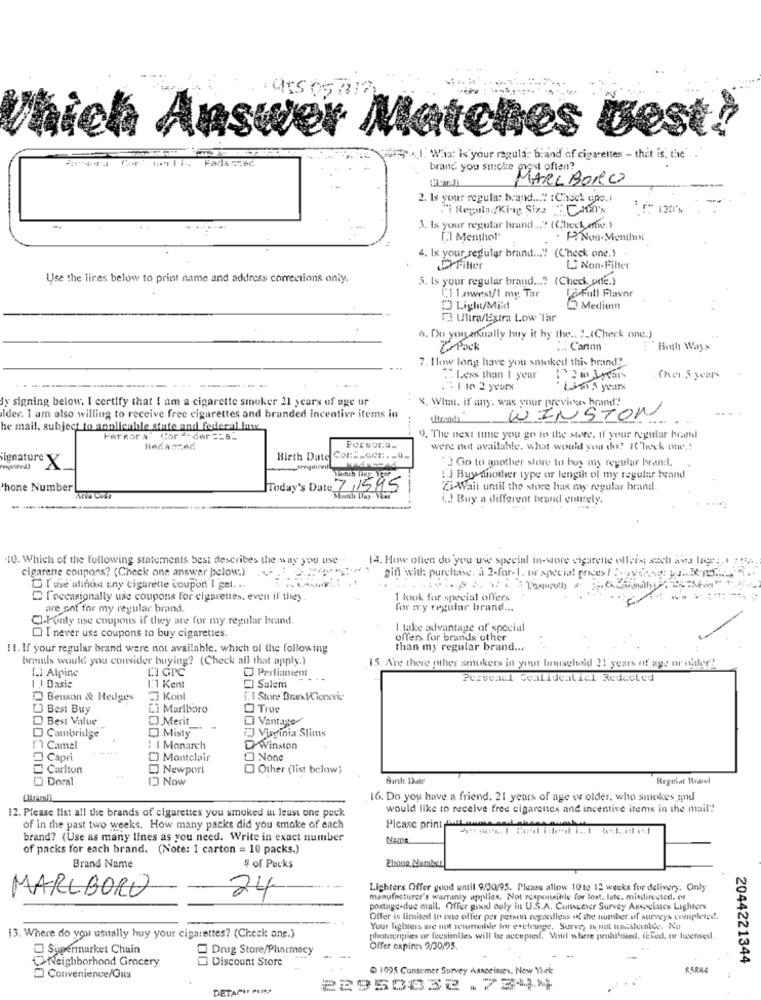
nswer Matches best!
3.I. Win: is your regula- brand of cigarettes - that is, the'
brand you snicke most often?
MARLBOROO
2. Is your regular brand .... : Check coe.i
"i Regula//King Size CM's
1 f 120%
3. Is your regular brand ... " (Check m.)
[ .. ] Menthol"
4. 1x your regular brand ... "! (Check one.)
Crritter
L Non-Filter
Use the lines below to print name and address corrections only.
5. Is your regular brand .... (Check, orfe.)
Ci lowest/1 mg Tar
JeFull Flavor
D Ligl/Mild
Medium
5 Ulira/Extra Low Tar
h. Do youyarnally buy it hy the .. 2_(Check one.)
Z Pack
Canon
Both Ways
7. How long have you snaked this brand"
Less than 1 year
. Cher 5 years
.2 1 te 2 yeurx
Linn 5 years
By signing below. I certify that I am a cigarette smoker 21 years of age or
8. What. if any, was your previous brand"
lder. I am also willing to receive free cigarettes and branded incentive items in
WINSTON
he mail, subject to applicable state and federal lawe.
Ferkor a
Cor £der == 8_
9. The next mne you go to the store. If your regular hond
Persona-
were not available, what would you do! ICheck one .!
Birth Date Con -- con :. - u.
"2 Go to another store to huy my regular bran :.
signature X
!'] Buy another type or length of my regular brand
Phone Number
Today's Date 7,1595
"Zi Wait until the store has ow regular brand.
i.d Buy a different beand entrely,
10. Which of the following statements best describes the way you use ..
13. How often do you use special in-store cigarette olfers such ava lage :. 4 -2.
cigarette coupons? (Check one answer below:)
gin with purchase. a 2-for- 1. tw special prices! ... .......
DI use atinos uny cigarette coupon I get. .
[occasionally use coupons for cigarettes, even if they
1 look for special offers
are not for my regular brand.
for my regular brand ...
Q-Ponty use coupons if they are for my regular brand.
I take advantage of special
I never use coupons to buy cigarettes.
offers for brands other
11. If your regular brand were not available, which of the following
than my regular brand ...
brands would you consider buying? (Check all that apply.)
[.) Alpine
Pertiantent
15. Are there other smokers in your lieuschaid 21 years of age or oider?
Pessoail Coalidealial Redacted
1 ) Dasic
1.1 Kent
Salem
Benson & Hedges
5 Kool
[. 1 Store Bran VCieneric
[] Best Buy
[] Marlboro
O True
Best Value
D Merit
DI Vantage
iJ Virginia Stims
Cambridge
D Misty
1 Camel
1 1 Monarch
OWinston
Capri
[ Montclair
O None
Carlton
Newport
Other (list below;
Doral
ID Now
Birth Date
Regiiat Brawl
16. Do you have a friend. 21 years of age or older, who smokes and
12. Please tist all the brands of cigarettes you smoked at least one pack
would like to receive free cigarettes and incentive items in the mail?
of in the past two weeks. How many packs did you smoke of each
Please print pull-umus
brand? (Use as many lines as you need. Write in exact number
Name
of packs for each brand. (Note: 1 carton = 10 packs.)
Brand Name
# of Packs
MARLBORO
Lighters Offer good until 9/30/95. Please allow 10to 12 weeks for delivery. Only
24
manufacturer's warranty applies, Not responsible for lost. lute. misdirected. of
postage-due mail. Offer good only in U.S.A. Consumer Survey Axsociales Lighters
Offer is limited to one offer per person regardless of the number of surveys completed !.
Your lighters ac not wetunmide lor exchange, Surve, th not useskalile. No
13. Where do you usually buy your cigarettes? (Check ong.)
platoceigies or fucsianiles will be accepted, Varid where prohibited, fixed, or Iwensed.
Supermarket Chain
Drug Store/Pharmacy
Offer expires 9/30/05.
Neighborhood Grocery
Discount Store
2044221344
1995 Consemer Survey Associmies, New York
Convenience/Ous
DETAPI PARA
22950032.7344